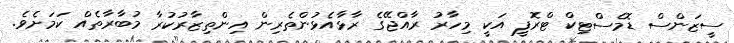
ސީޒަންސް ޑޮމެސްޓިކް ޓްރޮފީ އަކީ މިހާރު ރާއްޖޭގެ ރާޅާއެޅުންތެރިން އިންތިޒާރުކުރާ މުބާރާތެއް ކަމަށެވެ.